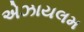
એઝાયલમ